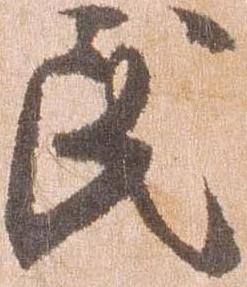
民